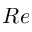
R e